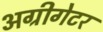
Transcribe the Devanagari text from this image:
अग्रीगेटर